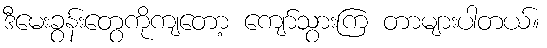
ဒီမေးခွန်းတွေကိုကျတော့ ကျော်သွားကြ တာများပါတယ်။